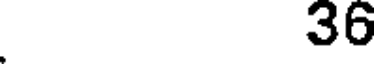
36